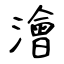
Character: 澮